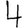
Digit: 4